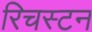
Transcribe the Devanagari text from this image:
रिचस्टन